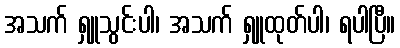
အသက် ရှူသွင်းပါ၊ အသက် ရှူထုတ်ပါ၊ ရပါပြီ။